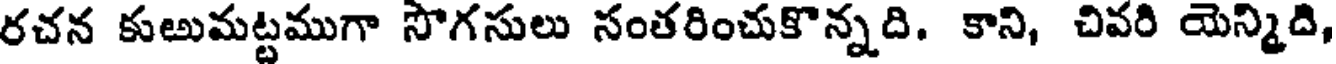
రచన కుఱుమట్టముగా సౌగసులు సంతరించుకొన్నది. కాని, చివరి యెన్మిది,